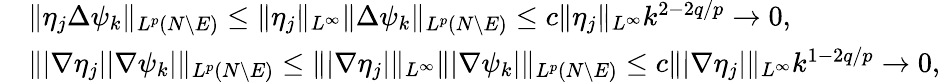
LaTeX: \begin{array}{rl}&{\| \eta_{j}\Delta\psi_{k}\| _{L^{p}(N\setminus E)}\le\| \eta_{j}\| _{L^{\infty}}\| \Delta\psi_{k}\| _{L^{p}(N\setminus E)}\le c\| \eta_{j}\| _{L^{\infty}}k^{2-2q/p}\to 0,}\\ &{\| |\nabla\eta_{j}||\nabla\psi_{k}|\| _{L^{p}(N\setminus E)}\le\| |\nabla\eta_{j}|\| _{L^{\infty}}\| |\nabla\psi_{k}|\| _{L^{p}(N\setminus E)}\le c\| |\nabla\eta_{j}|\| _{L^{\infty}}k^{1-2q/p}\to 0,}\end{array}